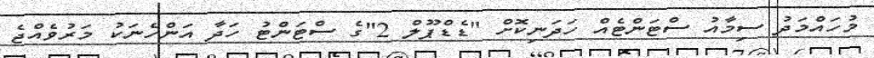
މުހައްމަދު ސިމާއު ސްޓަންޓެއް ހަދަނިކޮށް "ޑެޑްޕޫލް 2"ގެ ސްޓަންޓު ހަދާ އަންހެނަކު މަރުވެއްޖެ